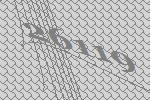
26119